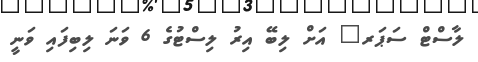
ލާސްޓް ސަޕަރ" އަށް ލިބޭ އިރު ލިސްޓުގެ 6 ވަނަ ލިބިފައި ވަނީ